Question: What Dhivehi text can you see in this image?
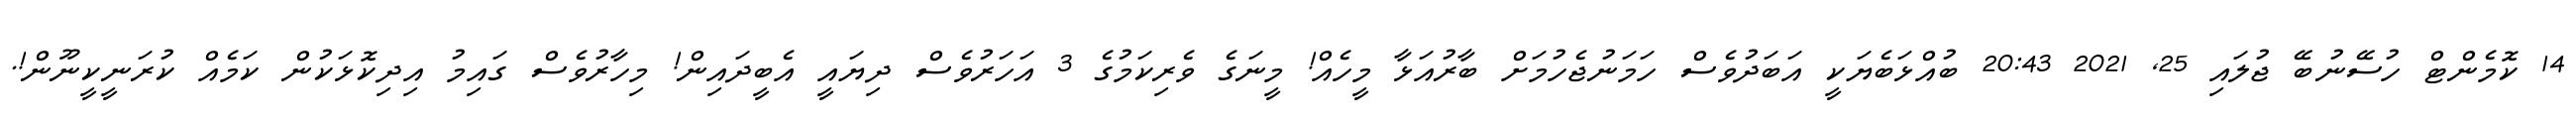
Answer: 14 ކޮމެންޓް ހުސޭނުބޭ ޖުލައި 25, 2021 20:43 ބުއްޅަބެޔަކީ އަބަދުވެސް ހަމަނުޖެހުމަށް ބާރުއަޅާ މީހެއް! މީނަގެ ވެރިކަމުގެ 3 އަހަރުވެސް ދިޔައީ އެބީދައިން! މިހާރުވެސް ގައިމު އިދިކޮޅަކުން ކަމެއް ކުރަނީކީނޫން!.